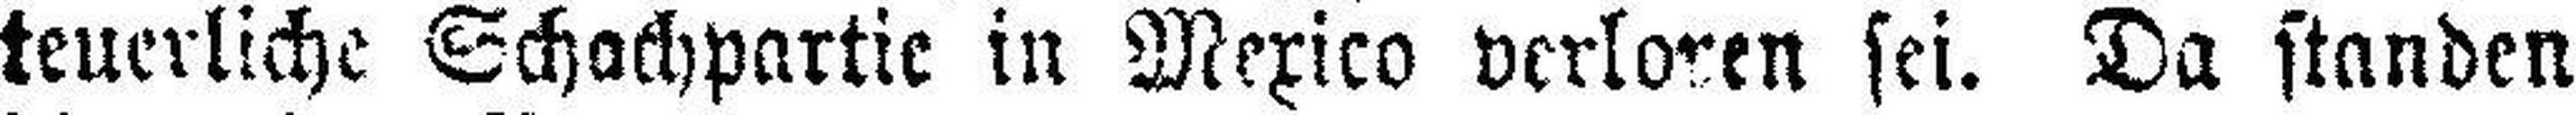
teuerliche Schachpartie in Mexico verloren sei. Da standen